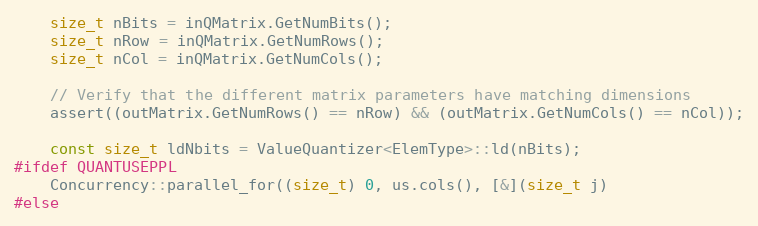
Language: C++
    size_t nBits = inQMatrix.GetNumBits();
    size_t nRow = inQMatrix.GetNumRows();
    size_t nCol = inQMatrix.GetNumCols();

    // Verify that the different matrix parameters have matching dimensions
    assert((outMatrix.GetNumRows() == nRow) && (outMatrix.GetNumCols() == nCol));

    const size_t ldNbits = ValueQuantizer<ElemType>::ld(nBits);
#ifdef QUANTUSEPPL
    Concurrency::parallel_for((size_t) 0, us.cols(), [&](size_t j)
#else